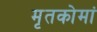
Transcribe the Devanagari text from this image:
मृतकोमां